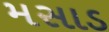
મસાડ